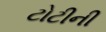
ટોટીની